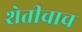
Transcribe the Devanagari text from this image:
शेतीचाच